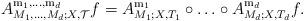
LaTeX: \begin{align*}A_{M_1,\ldots, M_d;X, \mathcal T}^{{\mathrm m}_1,\ldots, {\rm m}_d}f=A_{M_1;X, T_1}^{{\mathrm m}_1}\circ \ldots \circ A_{M_d;X, T_d}^{{\mathrm m}_d}f.\end{align*}